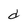
Character: d